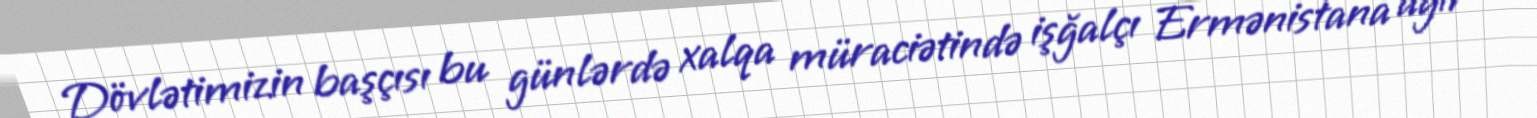
Dövlətimizin başçısı bu günlərdə xalqa müraciətində işğalçı Ermənistana ağır